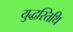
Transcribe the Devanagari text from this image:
युद्धस्तिथि